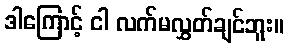
ဒါကြောင့် ငါ လက်မလွှတ်ချင်ဘူး။